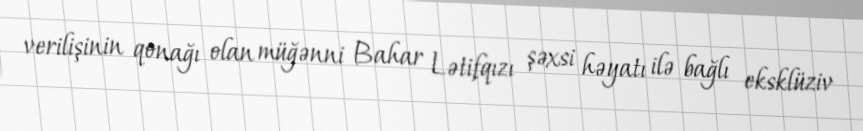
verilişinin qonağı olan müğənni Bahar Lətifqızı şəxsi həyatı ilə bağlı eksklüziv